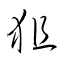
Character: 狙